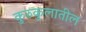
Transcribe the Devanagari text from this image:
कुरुकुलातील